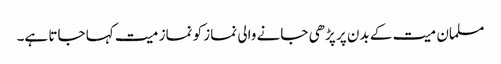
مسلمان میت کے بدن پر پڑھی جانے والی نماز کو نماز میت کہا جاتا ہے۔